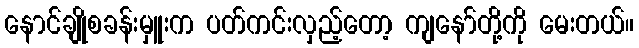
နောင်ချိုစခန်းမှူးက ပတ်ကင်းလှည့်တော့ ကျနော်တို့ကို မေးတယ်။